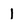
Character: l